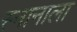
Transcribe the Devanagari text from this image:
स्नानाला